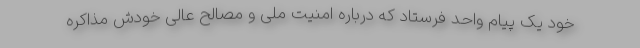
خود یک پیام واحد فرستاد که درباره امنیت ملی و مصالح عالی خودش مذاکره